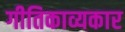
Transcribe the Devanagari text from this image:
गीतिकाव्यकार